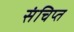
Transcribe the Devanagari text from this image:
संचिप्त